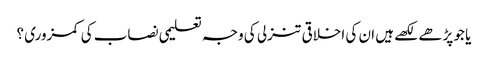
یا جو پڑھے لکھے ہیں ان کی اخلاقی تنزلی کی وجہ تعلیمی نصاب کی کمزوری ؟